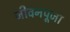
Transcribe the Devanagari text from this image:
जीवनपूजा